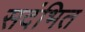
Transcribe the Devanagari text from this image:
सदंभित